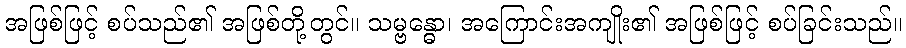
အဖြစ်ဖြင့် စပ်သည်၏ အဖြစ်တို့တွင်။ သမ္ဗန္ဓော၊ အကြောင်းအကျိုး၏ အဖြစ်ဖြင့် စပ်ခြင်းသည်။